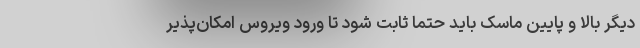
دیگر بالا و پایین ماسک باید حتما ثابت شود تا ورود ویروس امکان‌پذیر